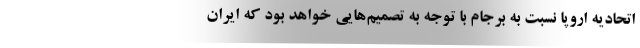
اتحادیه اروپا نسبت به برجام با توجه به تصمیم‌هایی خواهد بود که ایران